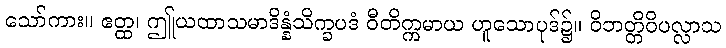
သော်ကား။ ဧတ္ထ၊ ဤုယထာသမာဒိန္နံသိက္ခပဒံ ဝီတိက္ကမာယ ဟူသောပုဒ်၌။ ဝိဘတ္တိဝိပလ္လာသ